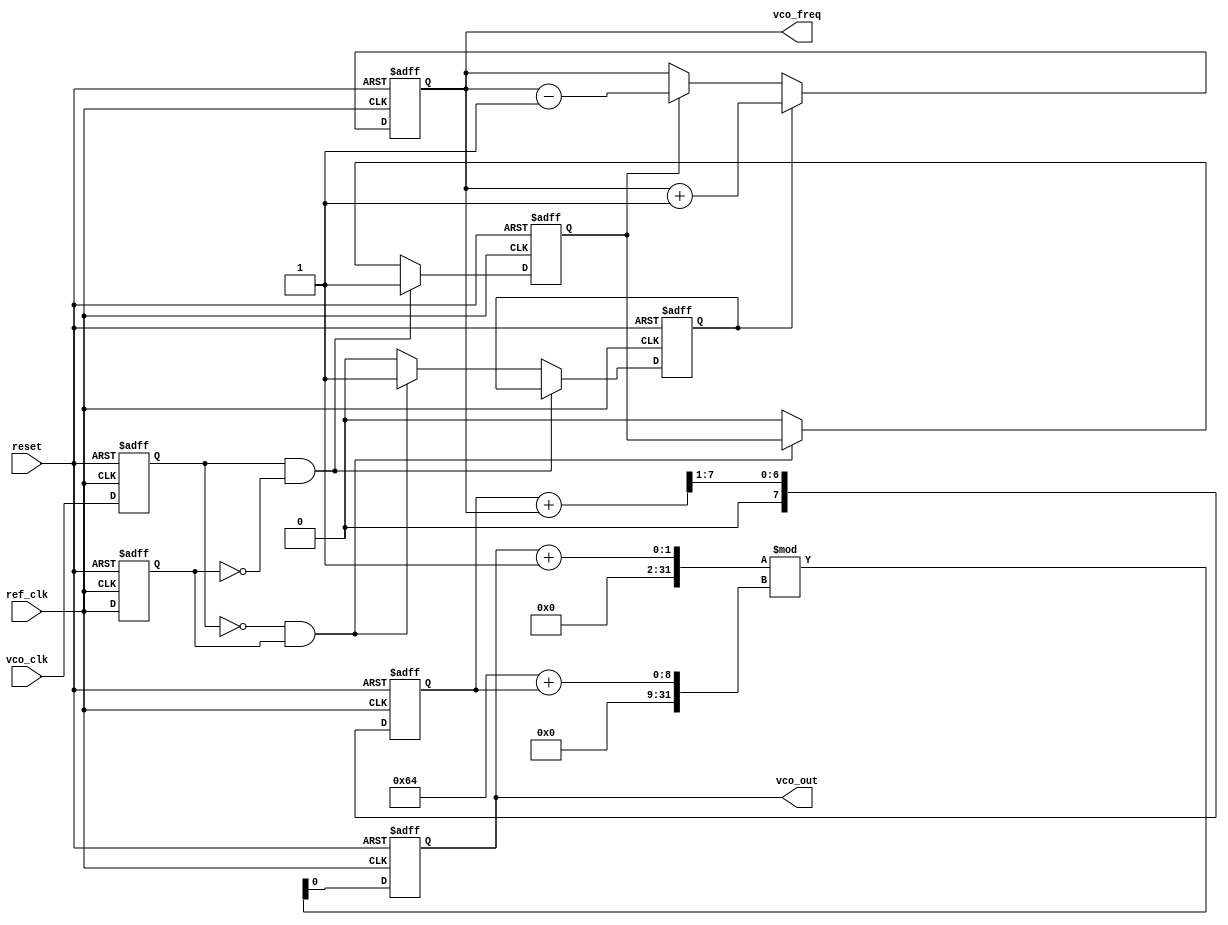
module cp_pll (
    input  wire ref_clk,       // Reference clock input
    input  wire vco_clk,       // VCO clock output
    input  wire reset,         // Asynchronous reset
    output reg  vco_out,       // VCO output clock
    output wire [7:0] vco_freq // Control voltage (8-bit for simplicity)
);

// Phase Detector
reg up, down;
reg last_ref, last_vco;

always @(posedge ref_clk or posedge reset) begin
    if (reset) begin
        up <= 0;
        down <= 0;
        last_ref <= 0;
        last_vco <= 0;
    end else begin
        // Phase Detector Logic
        last_ref <= ref_clk;
        last_vco <= vco_clk;
        
        if (last_vco && !last_ref)
            down <= 1;  // VCO is ahead
        else if (!last_vco && last_ref)
            up <= 1;    // VCO is behind
        else begin
            up <= 0;
            down <= 0;  // No phase error
        end
    end
end

// Charge Pump
reg [7:0] control_voltage;

always @(posedge ref_clk or posedge reset) begin
    if (reset) begin
        control_voltage <= 8'b0; // Reset control voltage
    end else begin
        if (up)
            control_voltage <= control_voltage + 1; // Increment
        else if (down)
            control_voltage <= control_voltage - 1; // Decrement
    end
end

// Loop Filter (simple RC filter model)
reg [7:0] loop_filter_output;

always @(posedge ref_clk or posedge reset) begin
    if (reset) begin
        loop_filter_output <= 8'b0;
    end else begin
        // Simple averaging filter
        loop_filter_output <= (loop_filter_output + control_voltage) >> 1; 
    end
end

// Voltage-Controlled Oscillator (VCO)
always @(posedge ref_clk or posedge reset) begin
    if (reset) begin
        vco_out <= 0; // Reset VCO
    end else begin
        // VCO behavior: control voltage should map to the frequency
        // For simplicity, we depend on a divide mechanism to simulate frequency tuning.
        // Here, we could implement the actual frequency tuning mechanism if required.
        vco_out <= (vco_out + 1) % (100 + loop_filter_output); // Example frequency adjustment
    end
end

// Feedback Divider
reg [7:0] feedback_counter;

always @(posedge vco_out or posedge reset) begin
    if (reset) begin
        feedback_counter <= 0;
    end else begin
        feedback_counter <= feedback_counter + 1;
        if (feedback_counter >= 10) begin // Example divider ratio
            feedback_counter <= 0;
            // Optionally implement a signal here for feedback
        end
    end
end

// Output control voltage for external components if needed
assign vco_freq = control_voltage;

endmodule